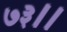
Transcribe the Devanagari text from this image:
७३।।